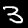
Label: 3